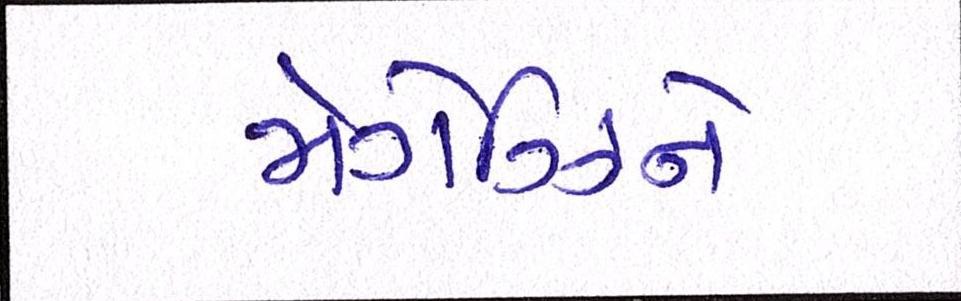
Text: મેગેઝિને